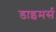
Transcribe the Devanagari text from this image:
डाइमर्स